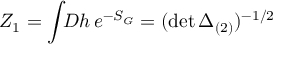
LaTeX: Z _ { 1 } = \int \! \! D h \, e ^ { - S _ { G } } = ( \operatorname * { d e t } \Delta _ { ( 2 ) } ) ^ { - 1 / 2 }